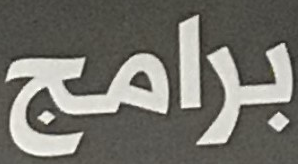
برامج